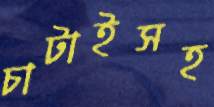
চাটাইসহ